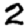
Digit: 2